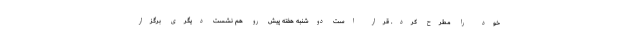
خود را مطرح کرد. قرار است دوشنبه هفته پیش رو هم نشست دیگری برگزار